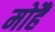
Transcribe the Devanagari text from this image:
मोहैं